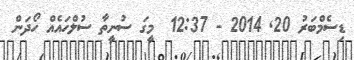
ޑިސެމްބަރު 20